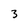
Character: 3